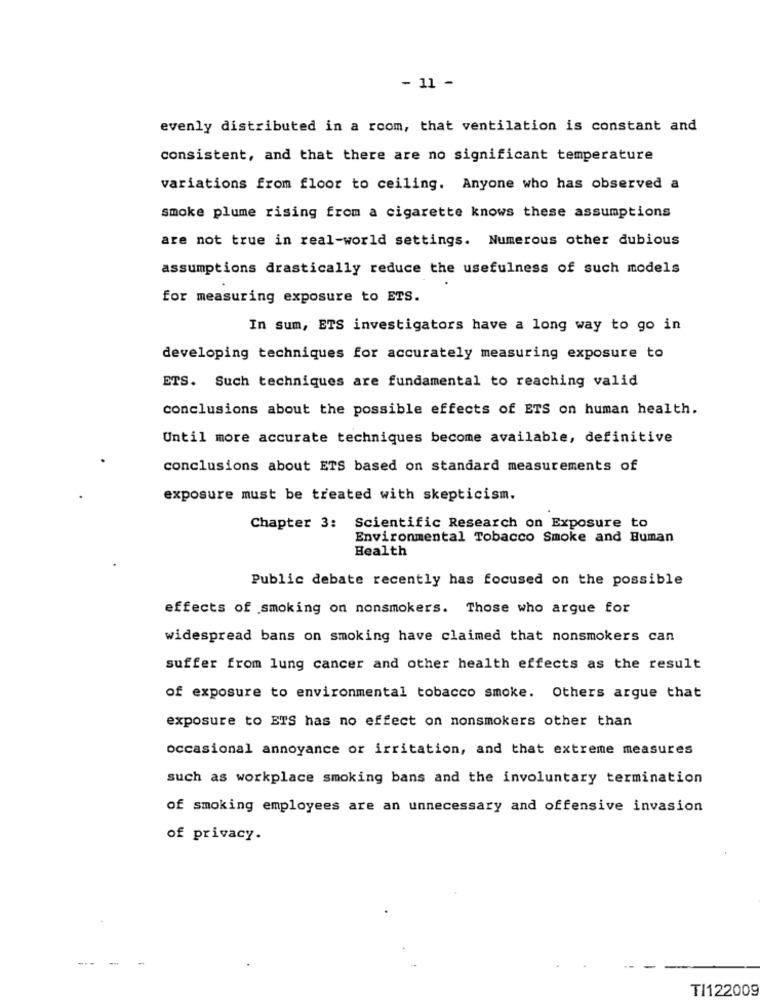
- 11 -
evenly distributed in a room, that ventilation is constant and
consistent, and that there are no significant temperature
variations from floor to ceiling. Anyone who has observed a
smoke plume rising from a cigarette knows these assumptions
are not true in real-world settings. Numerous other dubious
assumptions drastically reduce the usefulness of such models
for measuring exposure to ETS.
In sum, ETS investigators have a long way to go in
developing techniques for accurately measuring exposure to
ETS. Such techniques are fundamental to reaching valid
conclusions about the possible effects of ETS on human health.
Until more accurate techniques become available, definitive
conclusions about ETS based on standard measurements of
exposure must be treated with skepticism.
Chapter 3: Scientific Research on Exposure to
Environmental Tobacco Smoke and Human
Health
Public debate recently has focused on the possible
effects of smoking on nonsmokers. Those who argue for
widespread bans on smoking have claimed that nonsmokers can
suffer from lung cancer and other health effects as the result
of exposure to environmental tobacco smoke. Others argue that
exposure to ETS has no effect on nonsmokers other than
occasional annoyance or irritation, and that extreme measures
such as workplace smoking bans and the involuntary termination
of smoking employees are an unnecessary and offensive invasion
of privacy.
TI122009